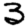
Digit: 3